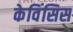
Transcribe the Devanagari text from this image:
केविंसिस